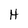
Character: H